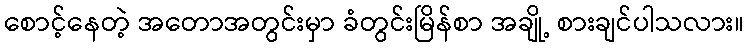
စောင့်နေတဲ့ အတောအတွင်းမှာ ခံတွင်းမြိန်စာ အချို့ စားချင်ပါသလား။